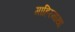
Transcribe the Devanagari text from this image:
गाहिरमाथा